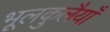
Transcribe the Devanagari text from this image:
भूलकुलैयाँ